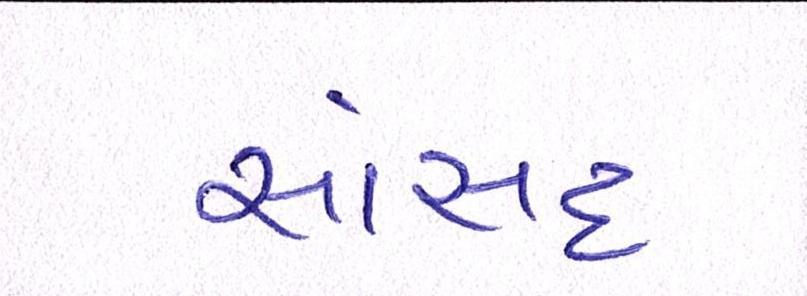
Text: સાંસદ